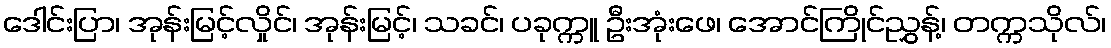
ဒေါင်းပြာ၊ အုန်းမြင့်လှိုင်၊ အုန်းမြင့်၊ သခင်၊ ပခုက္ကူ ဦးအုံးဖေ၊ အောင်ကြိုင်ညွှန့်၊ တက္ကသိုလ်၊